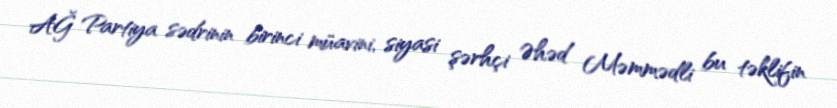
AĞ Partiya sədrinin birinci müavini, siyasi şərhçi Əhəd Məmmədli bu təklifin